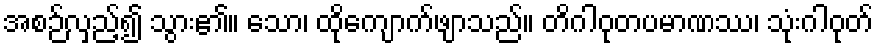
အစဉ်လှည့်၍ သွား၏။ သော၊ ထိုကျောက်ဖျာသည်။ တိဂါဝုတပမာဏဿ၊ သုံးဂါဝုတ်